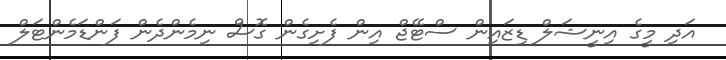
އަދި މީގެ އިނީޝަލް ޑިޒައިން ސްޓޭޖް އިން ފެށިގެން ގޮސް ނިމެންދެން ފަންޑަމެންޓަލް